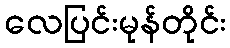
လေပြင်းမုန်တိုင်း